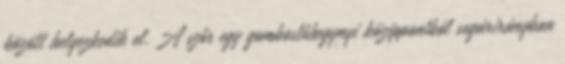
között helyezkedik el. A szőr egy gombostűhegynyi középpontból sugárirányban